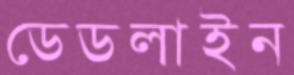
ডেডলাইন